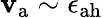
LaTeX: \mathbf{v}_{\mathrm{{a}}}\sim\epsilon_{\mathrm{{ah}}}